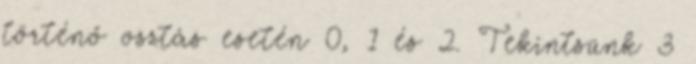
történő osztás esetén 0, 1 és 2. Tekintsünk 3